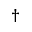
^ \dagger